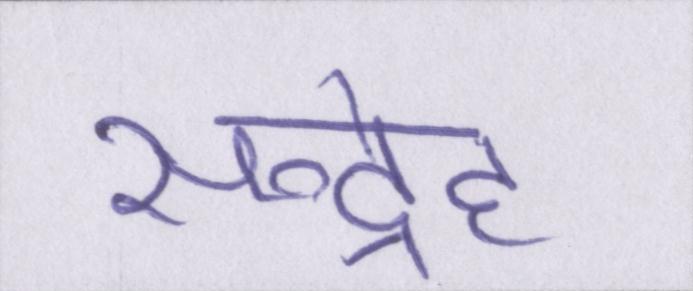
सन्देह